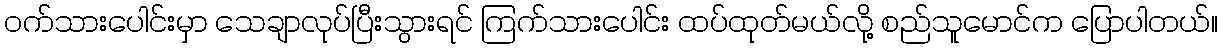
ဝက်သားပေါင်းမှာ သေချာလုပ်ပြီးသွားရင် ကြက်သားပေါင်း ထပ်ထုတ်မယ်လို့ စည်သူမောင်က ပြောပါတယ်။